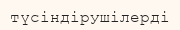
түсіндірушілерді